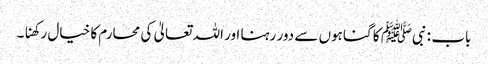
باب : نبیﷺ کا گناہوں سے دور رہنا اور اللہ تعالیٰ کی محارم کا خیال رکھنا۔